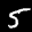
Label: 5